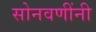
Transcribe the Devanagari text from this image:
सोनवणींनी